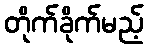
တိုက်ခိုက်မည့်